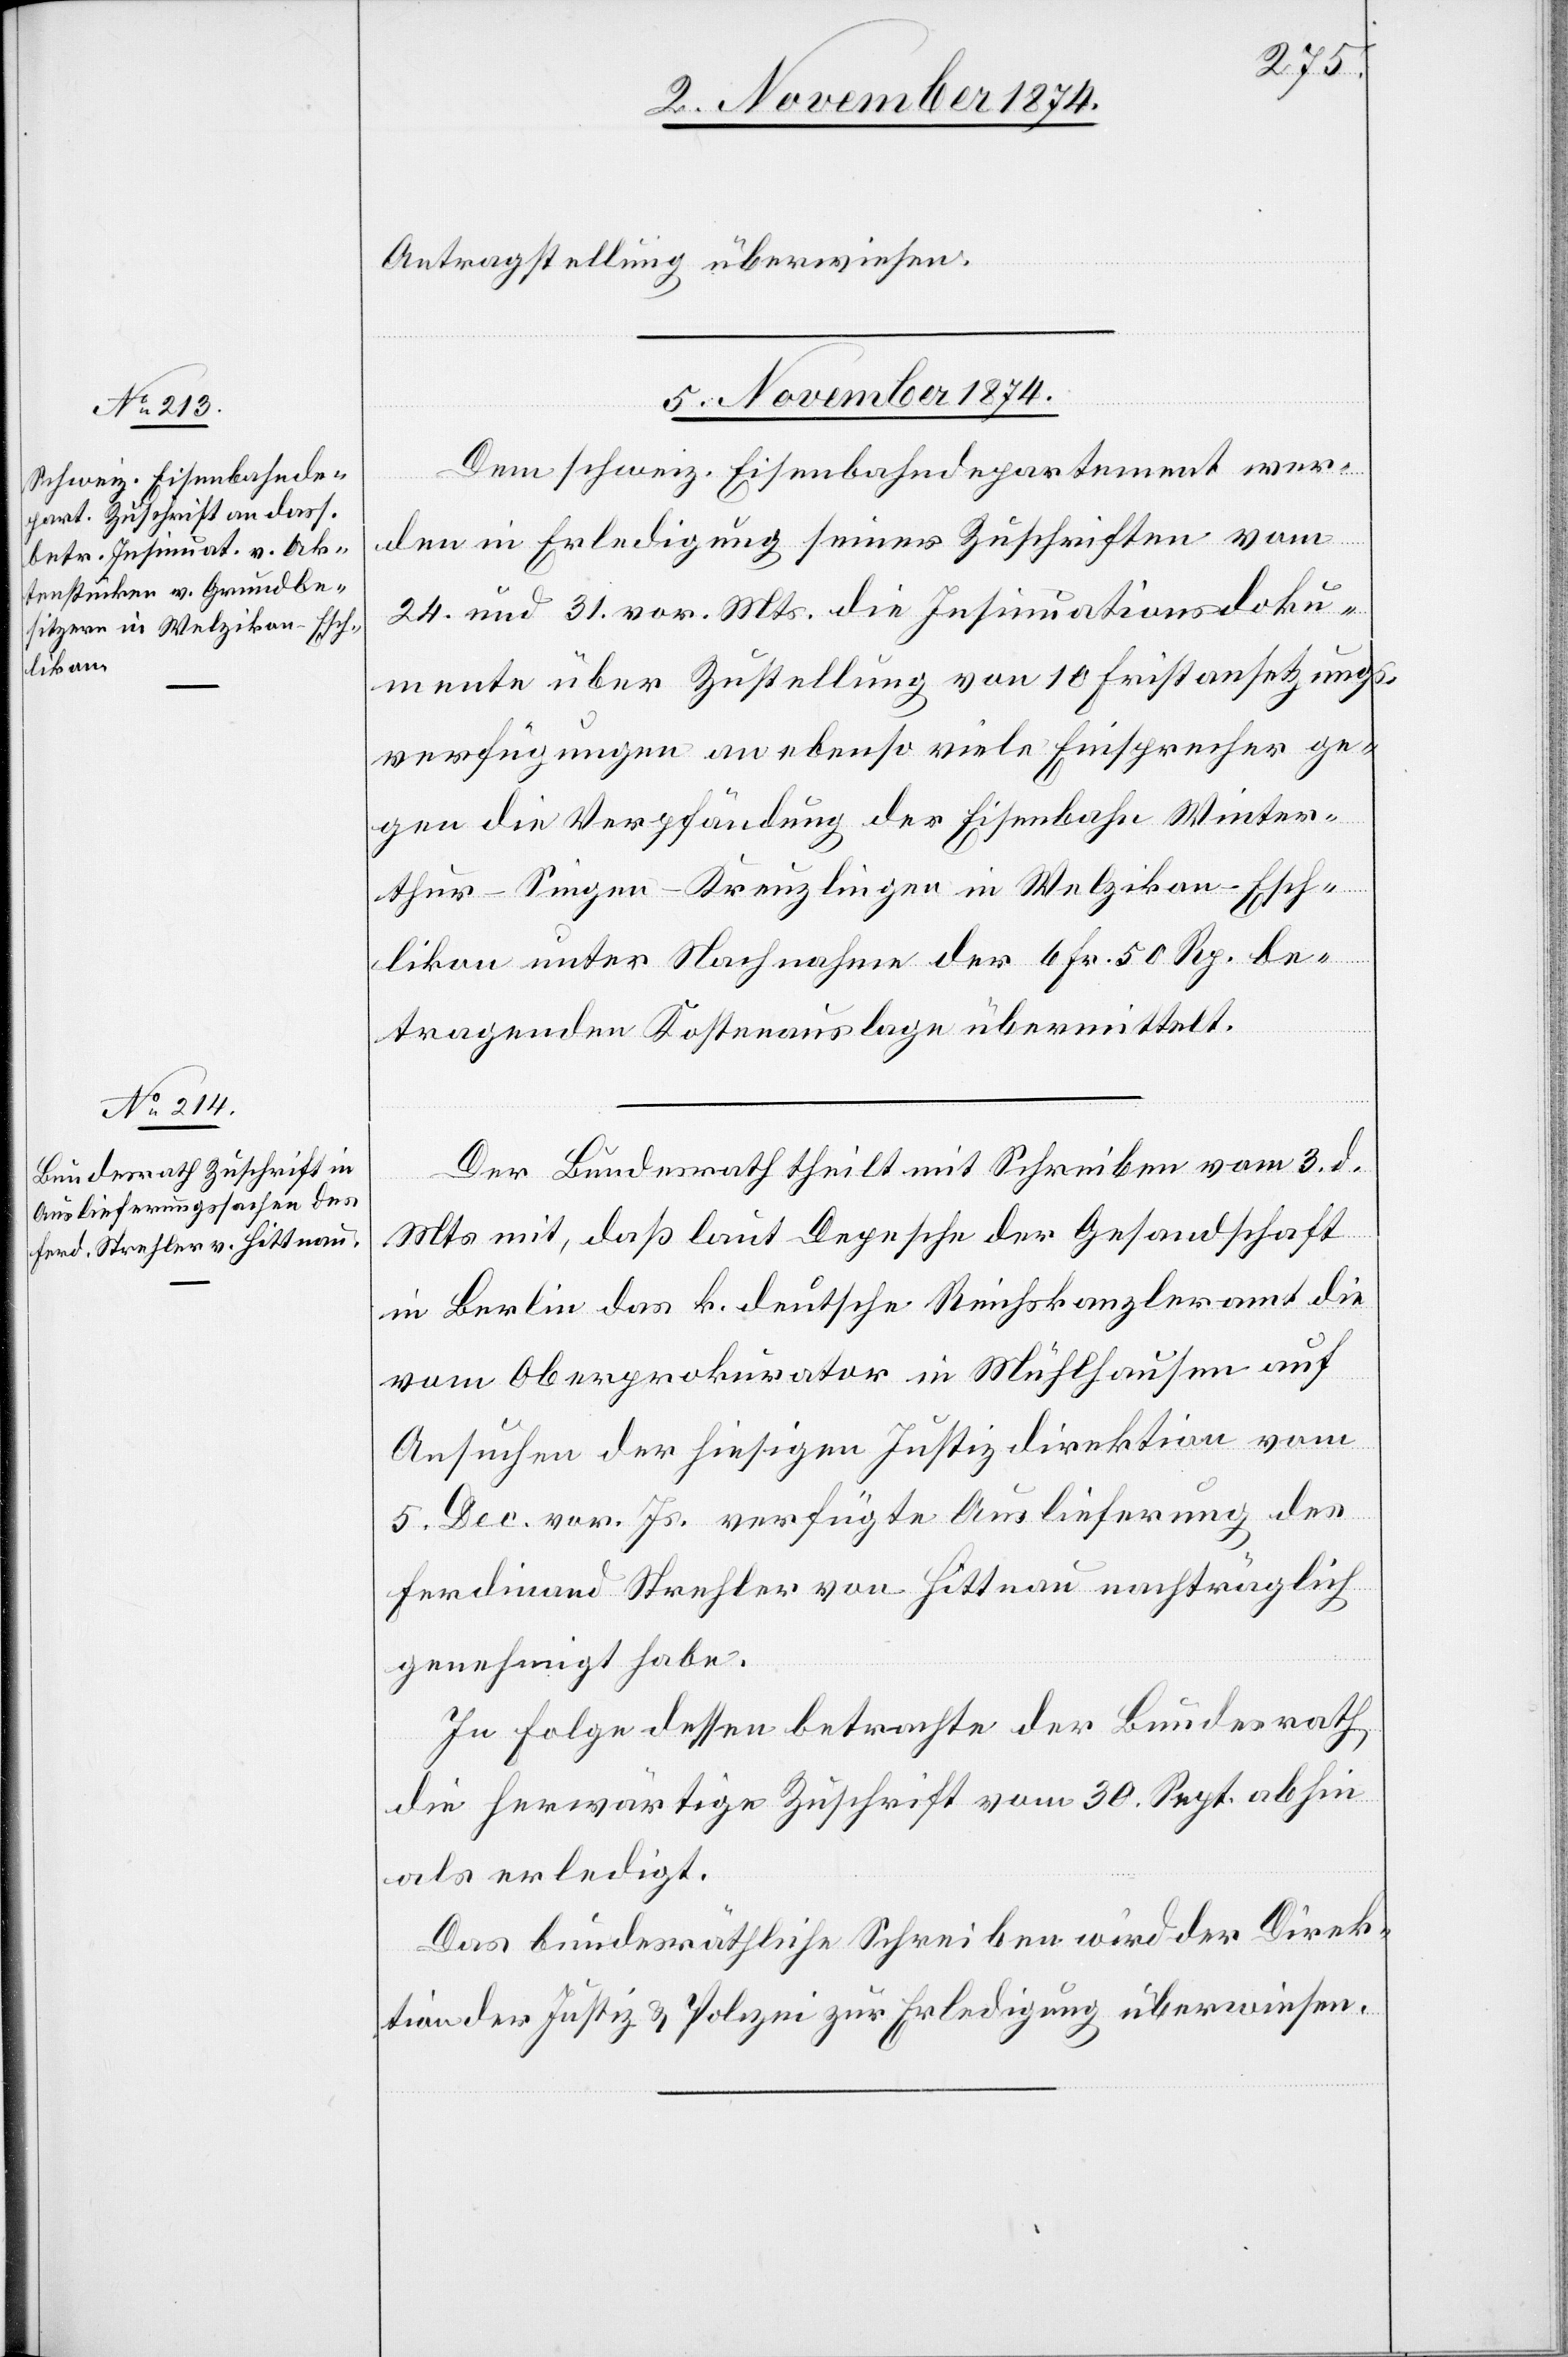
Antragstellung überwiesen.
5. November 1872.]
Dem schweiz. Eisenbahndepartement wer¬
den in Erledigung seiner Zuschriften vom
24. und 31. vor. Mts. die Insinuationsdoku¬
mente über Zustellung von 10 Fristansetzungs¬
verfügungen an ebenso viele Einsprecher ge¬
gen die Verpfändung der Eisenbahn Winter¬
thur–Singen–Kreuzlingen in Welzikon-Esch¬
likon unter Nachnahme der 6 Fr. 50 Rp. be¬
tragenden Kostenauslage übermittelt.
Der Bundesrath theilt mit Schreiben vom 3. d.
Mts. mit, daß laut Depesche der Gesandtschaft
in Berlin das k. deutsche Reichskanzleramt die
vom Oberprokurator in Mühlhausen auf
Ansuchen der hiesigen Justizdirektion vom
5. Dec. vor. Js. verfügte Auslieferung des
Ferdinand Strehler von Hittnau nachträglich
genehmigt habe.
In Folge dessen betrachte der Bundesrath
die herwärtige Zuschrift vom 30. Sept. abhin
als erledigt.
Das bundesräthliche Schreiben wird der Direk¬
tion der Justiz & Polizei zur Erledigung überwiesen.